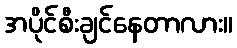
အပိုင်စီးချင်နေတာလား။